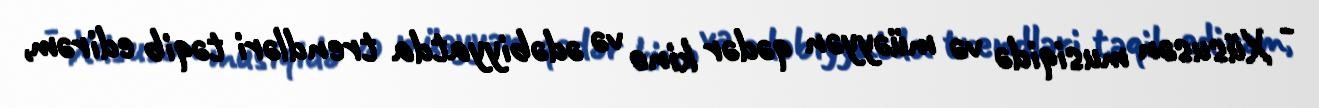
- Xüsusən musiqidə və müəyyən qədər kino və ədəbiyyatda trendləri təqib edirəm,